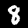
Label: 8